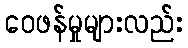
ဝေဖန်မှုများလည်း